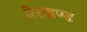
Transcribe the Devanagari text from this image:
मेरुडण्ड